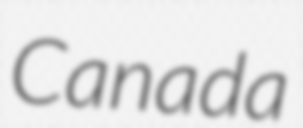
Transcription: Canada